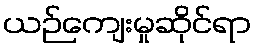
ယဉ်ကျေးမှုဆိုင်ရာ